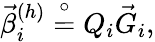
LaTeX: \vec{\beta}_{i}^{(h)}\stackrel{\circ}{=}{Q}_{i}\vec{G}_{i},